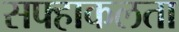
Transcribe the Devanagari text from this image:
सफ्हाकलता